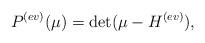
LaTeX: \begin{align*}P^{(ev)}(\mu)=\det(\mu-H^{(ev)}),\end{align*}